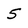
Character: 5